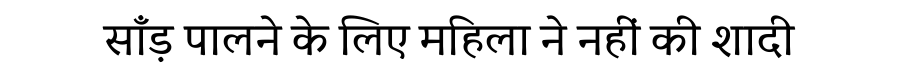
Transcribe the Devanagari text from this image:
साँड़ पालने के लिए महिला ने नहीं की शादी